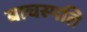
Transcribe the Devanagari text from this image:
बाचस्पति